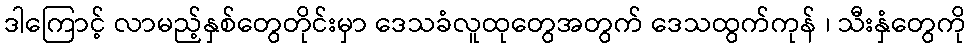
ဒါကြောင့် လာမည့်နှစ်တွေတိုင်းမှာ ဒေသခံလူထုတွေအတွက် ဒေသထွက်ကုန် ၊ သီးနှံတွေကို